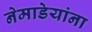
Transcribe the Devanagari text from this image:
नेमाडेयांना